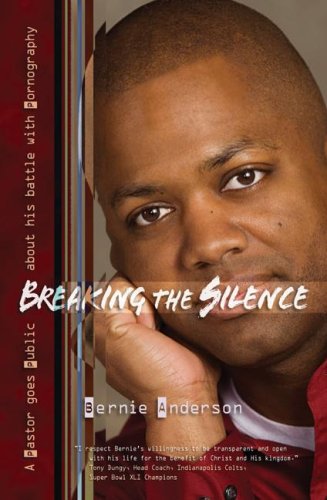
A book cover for Breaking the Silence: A Pastor Goes Public About His Battle with Pornography; Bernie Anderson; Politics & Social Sciences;